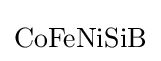
{\textstyle {\ce {CoFeNiSiB}}}